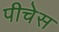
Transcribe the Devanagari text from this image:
पीचेस